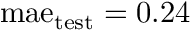
\mathrm { m a e } _ { \mathrm { t e s t } } = 0 . 2 4